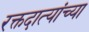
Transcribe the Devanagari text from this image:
रक्तदात्यांच्या